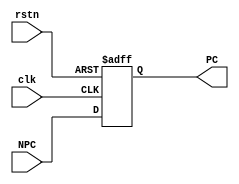
module PC( clk, rstn, NPC, PC );

  input              clk;
  input             rstn;
  input       [31:0] NPC;
  output reg  [31:0] PC;

   always @(posedge clk, posedge rstn)
    if (rstn) 
      PC <= 32'h0000_0000;
    else
      PC <= NPC;
      
endmodule